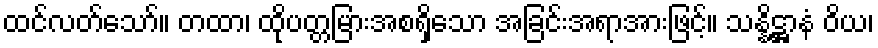
ထင်လတ်သော်။ တထာ၊ ထိုပတ္တမြားအစရှိသော အခြင်းအရာအားဖြင့်။ သန္နိဋ္ဌာနံ ဝိယ၊